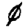
Digit: 0